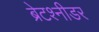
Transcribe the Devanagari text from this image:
ब्रेटश्नीडर